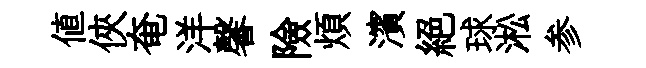
值俠奄洋馨險煩濱絕球淞参